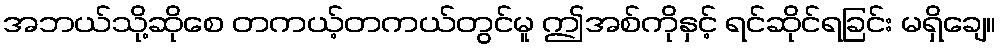
အဘယ်သို့ဆိုစေ တကယ့်တကယ်တွင်မူ ဤအစ်ကိုနှင့် ရင်ဆိုင်ရခြင်း မရှိချေ။